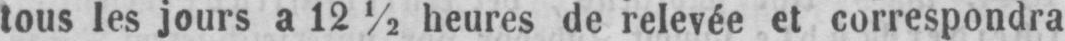
tous les jours a 12½ heures de relevée et correspondra